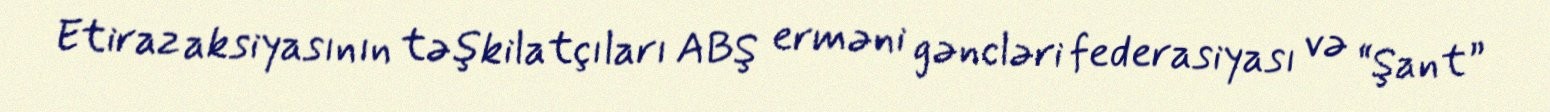
Etiraz aksiyasının təşkilatçıları ABŞ erməni gəncləri federasiyası və “Şant”